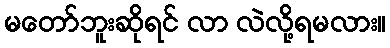
မတော်ဘူးဆိုရင် လာ လဲလို့ရမလား။